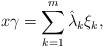
LaTeX: \begin{align*} x \gamma = \sum_{k=1}^m \hat{\lambda}_k \xi_k,\end{align*}